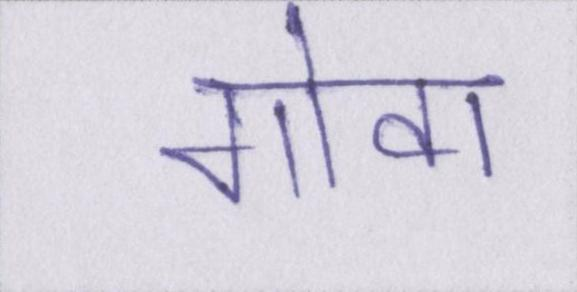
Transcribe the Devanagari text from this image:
गोवा